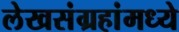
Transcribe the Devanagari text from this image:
लेखसंग्रहांमध्ये